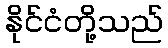
နိုင်ငံတို့သည်